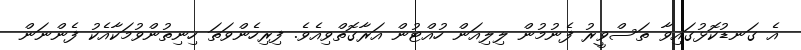
އެ ގަނޑުކޮޅުގައިވާ ތަސްވީރު ފެނުމުން ލިލިއަން ހުއްޓުން އަރާގޮތްވިއެވެ. ފިރިހެންވަތަ ހިނިތުންވުމަކާއެކު ފެންނަން